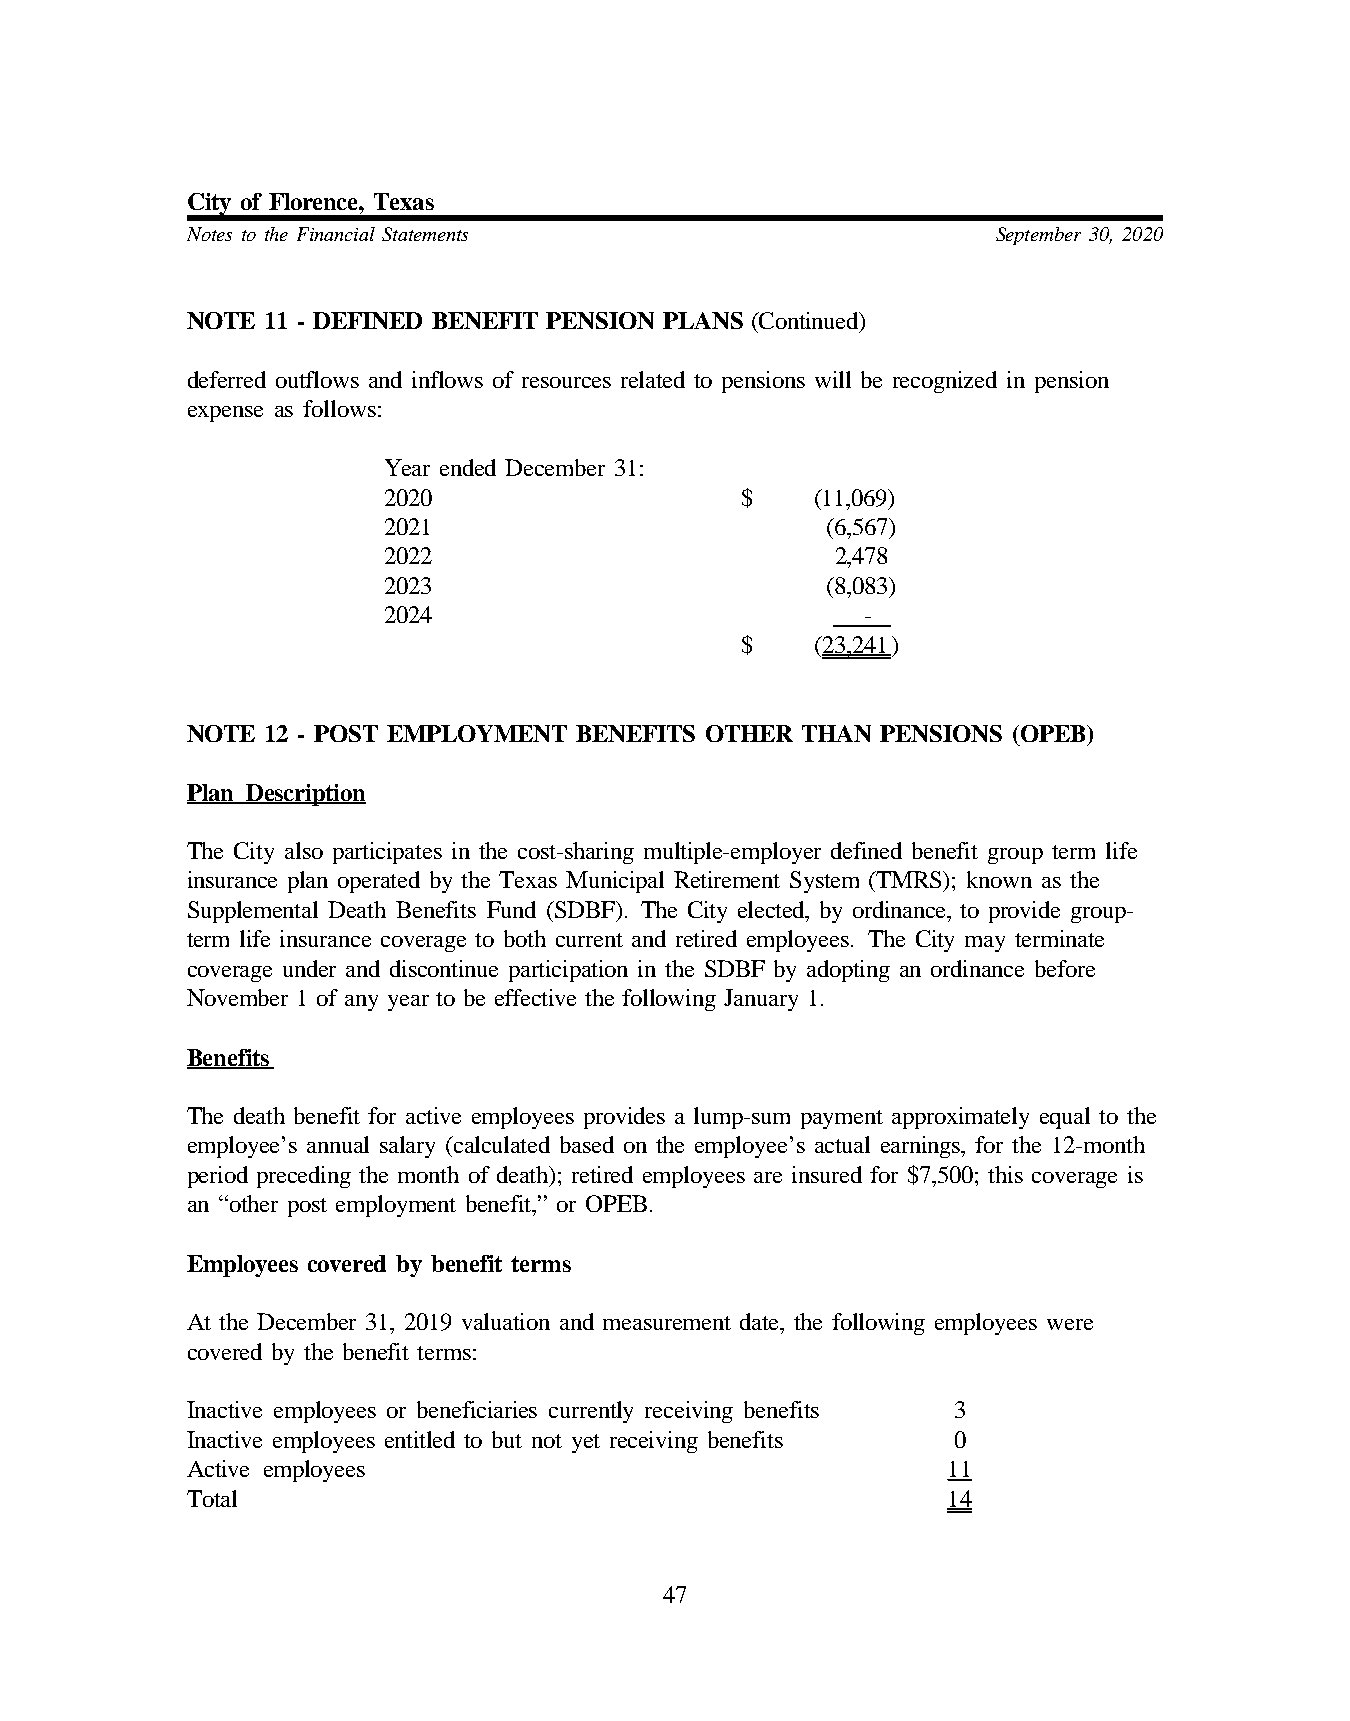
City of Florence, Texas
 Notes to the Financial Statements                     September 30, 2020
 NOTE  11 - DEFINED BENEFIT PENSION PLANS (Continued)
 deferred outflows and inflows of resources related to pensions will be recognized in pension
 expense as follows:
 Year ended December 31:
 2020                    $    (11,069)
 2021                          (6,567)
 2022                          2,478
 2023                          (8,083)
 2024                            -
 $    (23,241)
 NOTE  12 - POST EMPLOYMENT BENEFITS OTHER THAN PENSIONS (OPEB)
 Plan Description
 The City also participates in the cost-sharing multiple-employer defined benefit group term life
 insurance plan operated by the Texas Municipal Retirement System (TMRS); known as the
 Supplemental Death Benefits Fund (SDBF). The City elected, by ordinance, to provide group-
 term life insurance coverage to both current and retired employees. The City may terminate
 coverage under and discontinue participation in the SDBF by adopting an ordinance before
 November 1 of any year to be effective the following January 1.
 Benefits
 The death benefit for active employees provides a lump-sum payment approximately equal to the
 employee’s annual salary (calculated based on the employee’s actual earnings, for the 12-month
 period preceding the month of death); retired employees are insured for $7,500; this coverage is
 an “other post employment benefit,” or OPEB.
 Employees covered by benefit terms
 At the December 31, 2019 valuation and measurement date, the following employees were
 covered by the benefit terms:
 Inactive employees or beneficiaries currently receiving benefits 3
 Inactive employees entitled to but not yet receiving benefits 0
 Active employees                                   11
 Total                                              14
 47